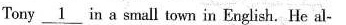
Tony \underline{1} in a small town in English. He al-